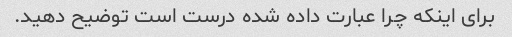
برای اینکه چرا عبارت داده شده درست است توضیح دهید.